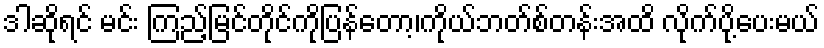
ဒါဆိုရင် မင်း ကြည့်မြင်တိုင်ကိုပြန်တော့၊ကိုယ်ဘတ်စ်တန်းအထိ လိုက်ပို့ပေးမယ်